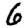
Digit: 6